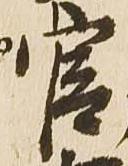
官